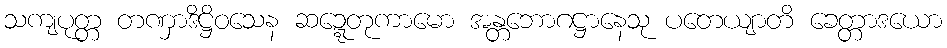
သကျပုတ္တ တဏှာဒိဋ္ဌိဝသေန ဆဍ္ဍေတုကာမော အန္တဘောဂဋ္ဌာနေသု ပတေယျာတိ ခေတ္တာဒယော